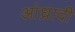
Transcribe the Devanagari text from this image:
आंध्रादी